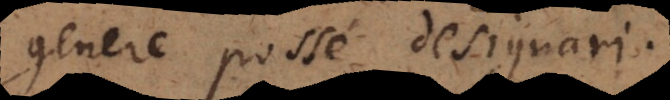
genere posse designari.